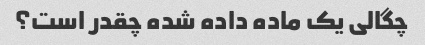
چگالی یک ماده داده شده چقدر است؟